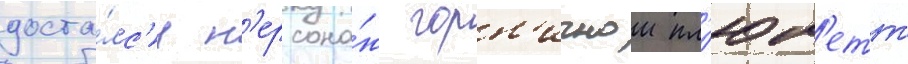
доста́лс'я п'ерсона́ж горн'ичнои пл'юм'етт